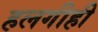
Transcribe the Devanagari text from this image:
हलगीही